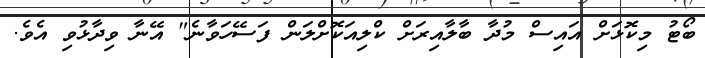
ބޯޓު މިކޮޅަށް އައިސް މުދާ ބާލާއިރަށް ކްލިއަކޮށްލަން ފަސޭހަވާނެ" އޭނާ ވިދާޅުވި އެވެ.